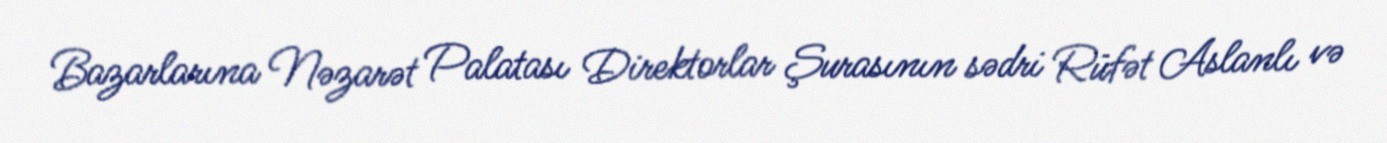
Bazarlarına Nəzarət Palatası Direktorlar Şurasının sədri Rüfət Aslanlı və